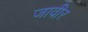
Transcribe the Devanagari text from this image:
जावीर